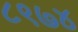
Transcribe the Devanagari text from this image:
८९७४